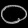
Digit: ၀